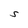
Character: S